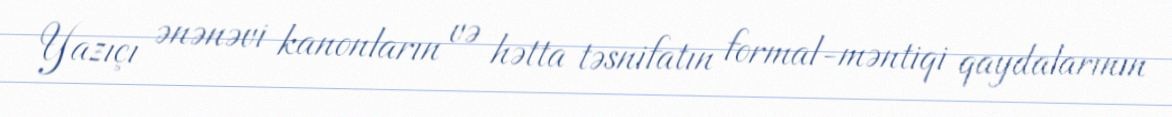
Yazıçı ənənəvi kanonların və hətta təsnifatın formal-məntiqi qaydalarının